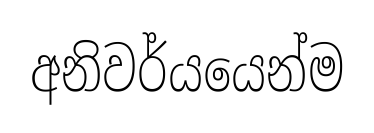
අනිවර්යයෙන්ම